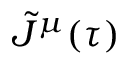
\tilde { J } ^ { \mu } ( \tau )